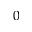
^ { 0 }